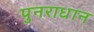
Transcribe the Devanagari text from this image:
पुनराधान